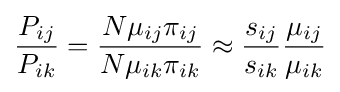
{\frac {P_{ij}}{P_{ik}}}={\frac {N\mu _{ij}\pi _{ij}}{N\mu _{ik}\pi _{ik}}}\approx {\frac {s_{ij}}{s_{ik}}}{\frac {\mu _{ij}}{\mu _{ik}}}